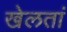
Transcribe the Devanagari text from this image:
खेलतां